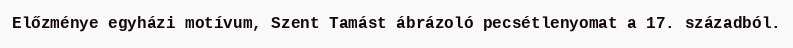
Előzménye egyházi motívum, Szent Tamást ábrázoló pecsétlenyomat a 17. századból.